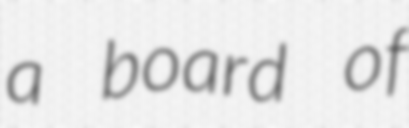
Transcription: a board of